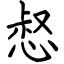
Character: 惄